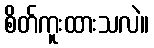
စိတ်ကူးထားသလဲ။